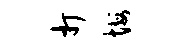
打悔